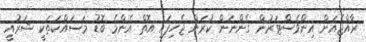
ރާއްޖެއަށް އިންވެސްޓަރުން ގެންނަން ކުރަން ޖެހިފައި އޮތް އެންމެ ބޮޑު މަސައްކަތަކީ ޝަރުއީ